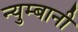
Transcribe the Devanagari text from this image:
न्युम्बानी